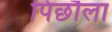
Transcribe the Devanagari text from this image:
पिछौला